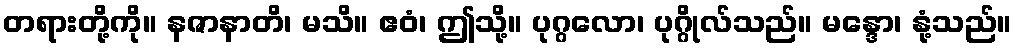
တရားတို့ကို။ နဇာနာတိ၊ မသိ။ ဧဝံ၊ ဤသို့။ ပုဂ္ဂလော၊ ပုဂ္ဂိုလ်သည်။ မန္ဒော၊ နုံ့သည်။